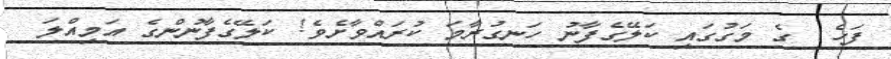
ފަހެ  ގެ މަގުގައި ކަލޭގެފާނު ހަނގުރާމަ ކުރައްވާށެވެ! ކަލޭގެފާނުންގެ އަމިއްލަ